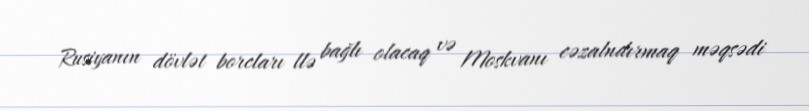
Rusiyanın dövlət borcları llə bağlı olacaq və Moskvanı cəzalndırmaq məqsədi